Annual statistical returns and brief notes on vaccination in Bengal - 1887-1898
Year: 1887
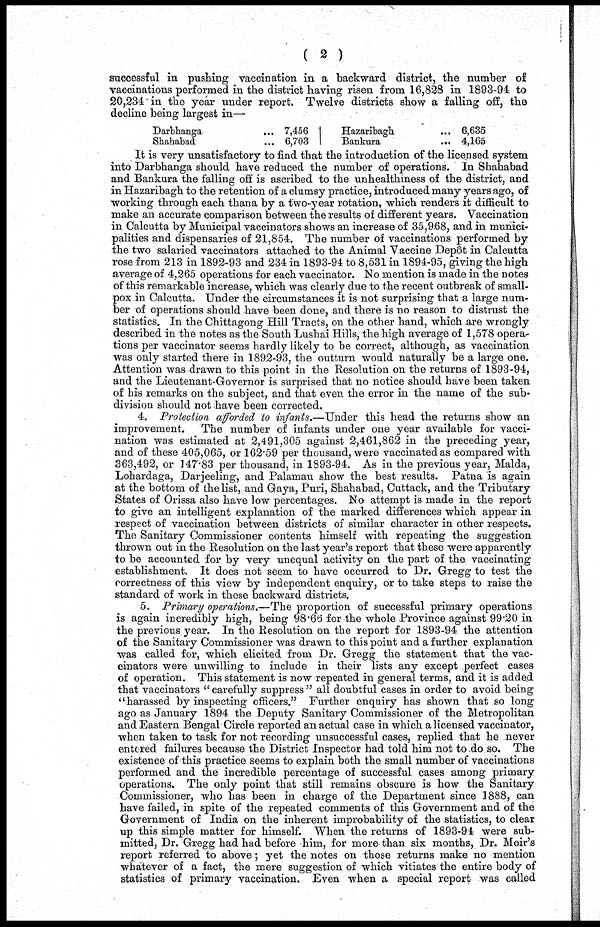
( 2 )
successful in pushing vaccination in a backward district, the number of
vaccinations performed in the district having risen from 16,828 in 1893-94 to
20,234 in the year under report. Twelve districts show a falling off, the
decline being largest in—
Darbhanga ...
Shahabad ...
7,456
6,703
Hazaribagh ...
Bankura
...
6,635
4,165
It is very unsatisfactory to find that the introduction of the licensed system
into Darbhanga should have reduced the number of operations. In Shahabad
and Bankura the falling off is ascribed to the unhealthiness of the district, and
in Hazaribagh to the retention of a clumsy practice, introduced many years ago, of
working through each thana by a two-year rotation, which renders it difficult to
make an accurate comparison between the results of different years. Vaccination
in Calcutta by Municipal vaccinators shows an increase of 35,968, and in munici-
palities and dispensaries of 21,854. The number of vaccinations performed by
the two salaried vaccinators attached to the Animal Vaccine Depôt in Calcutta
rose from 213 in 1892-93 and 234 in 1893-94 to 8,531 in 1894-95, giving the high
average of 4,265 operations for each vaccinator. No mention is made in the notes
of this remarkable increase, which was clearly due to the recent outbreak of small-
pox in Calcutta. Under the circumstances it is not surprising that a large num-
ber of operations should have been done, and there is no reason to distrust the
statistics. In the Chittagong Hill Tracts, on the other hand, which are wrongly
described in the notes as the South Lushai Hills, the high average of 1,578 opera-
tions per vaccinator seems hardly likely to be correct, although, as vaccination
was only started there in 1892-93, the outturn would naturally be a large one.
Attention was drawn to this point in the Resolution on the returns of 1893-94,
and the Lieutenant-Governor is surprised that no notice should have been taken
of his remarks on the subject, and that even the error in the name of the sub-
division should not have been corrected.
4. Protection afforded to infants.—Under this head the returns show an
improvement. The number of infants under one year available for vacci-
nation was estimated at 2,491,305 against 2,461,862 in the preceding year,
and of these 405,065, or 162.59 per thousand, were vaccinated as compared with
363,492, or 147.83 per thousand, in 1893-94. As in the previous year, Malda,
Lohardaga, Darjeeling, and Palamau show the best results. Patna is again
at the bottom of the list, and Gaya, Puri, Shahabad, Cuttack, and the Tributary
States of Orissa also have low percentages. No attempt is made in the report
to give an intelligent explanation of the marked differences which appear in
respect of vaccination between districts of similar character in other respects.
The Sanitary Commissioner contents himself with repeating the suggestion
thrown out in the Resolution on the last year's report that these were apparently
to be accounted for by very unequal activity on the part of the vaccinating
establishment. It does not seem to have occurred to Dr. Gregg to test the
correctness of this view by independent enquiry, or to take steps to raise the
standard of work in these backward districts.
5. Primary operations.—The proportion of successful primary operations
is again incredibly high, being 98.66 for the whole Province against 99.20 in
the previous year. In the Resolution on the report for 1893-94 the attention
of the Sanitary Commissioner was drawn to this point and a further explanation
was called for, which elicited from Dr. Gregg the statement that the vac-
cinators were unwilling to include in their lists any except perfect cases
of operation. This statement is now repeated in general terms, and it is added
that vaccinators " carefully suppress " all doubtful cases in order to avoid being
"harassed by inspecting officers." Further enquiry has shown that so long
ago as January 1894 the Deputy Sanitary Commissioner of the Metropolitan
and Eastern Bengal Circle reported an actual case in which a licensed vaccinator,
when taken to task for not recording unsuccessful cases, replied that he never
entered failures because the District Inspector had told him not to do so. The
existence of this practice seems to explain both the small number of vaccinations
performed and the incredible percentage of successful cases among primary
operations. The only point that still remains obscure is how the Sanitary
Commissioner, who has been in charge of the Department since 1888, can
have failed, in spite of the repeated comments of this Government and of the
Government of India on the inherent improbability of the statistics, to clear
up this simple matter for himself. When the returns of 1893-94 were sub-
mitted, Dr. Gregg had had before him, for more than six months, Dr. Moir's
report referred to above; yet the notes on those returns make no mention
whatever of a fact, the mere suggestion of which vitiates the entire body of
statistics of primary vaccination. Even when a special report was called